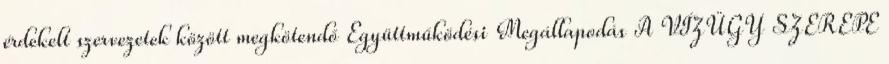
érdekelt szervezetek között megkötendő Együttműködési Megállapodás A VÍZÜGY SZEREPE